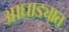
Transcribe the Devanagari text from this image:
आघाड्यात